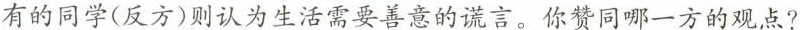
有的同学(反方)则认为生活需要善意的谎言。你赞同哪一方的观点?